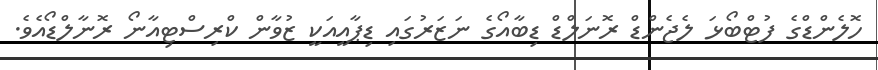
ހޮލެންޑްގެ ފުޓްބޯޅަ ލެޖެންޑް ރޮނަލްޑް ޑިބާއޯގެ ނަޒަރުގައި ޑިޕާއީއަކީ ޒުވާން ކްރިސްޓިއާނޯ ރޮނާލްޑޯއެވެ.